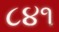
૮૪૧